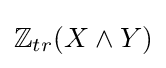
\mathbb {Z} _{tr}(X\wedge Y)